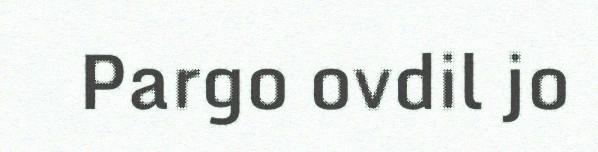
Pargo ovdil jo